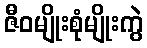
ဇီဝမျိုးစုံမျိုးကွဲ